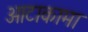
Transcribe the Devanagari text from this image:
आटाकामा